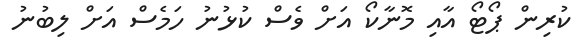
ކުރިން ޕޯޓޯ އާއި މޮނާކޯ އަށް ވެސް ކުޅުނު ހަމެސް އަށް ލިބުނު